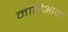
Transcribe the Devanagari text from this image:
मारिआना